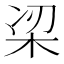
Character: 𭩮